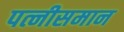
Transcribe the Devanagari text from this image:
पत्नीसमान